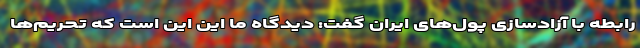
رابطه با آزادسازی پول‌های ایران گفت: دیدگاه ما این این است که تحریم‌ها